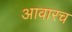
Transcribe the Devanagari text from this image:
आवारच